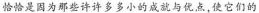
恰恰是因为那些许许多多小 的成就与优点，使它们的